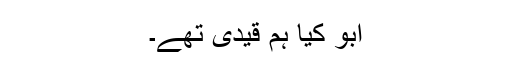
ابو کیا ہم قیدی تھے۔